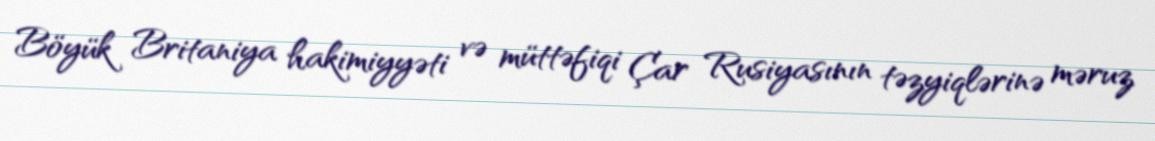
Böyük Britaniya hakimiyyəti və müttəfiqi Çar Rusiyasının təzyiqlərinə məruz